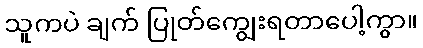
သူကပဲ ချက် ပြုတ်ကျွေးရတာပေါ့ကွာ။